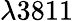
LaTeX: \lambda 3811